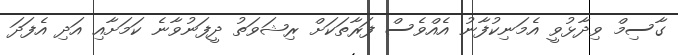
ގާސިމް ވިދާޅުވީ އެމަނިކުފާނު އެއްވެސް ފަރާތަކަށް ރިޝަވަތު ދީފަނުވާނެ ކަމަށާއި އަދި އެފަދަ